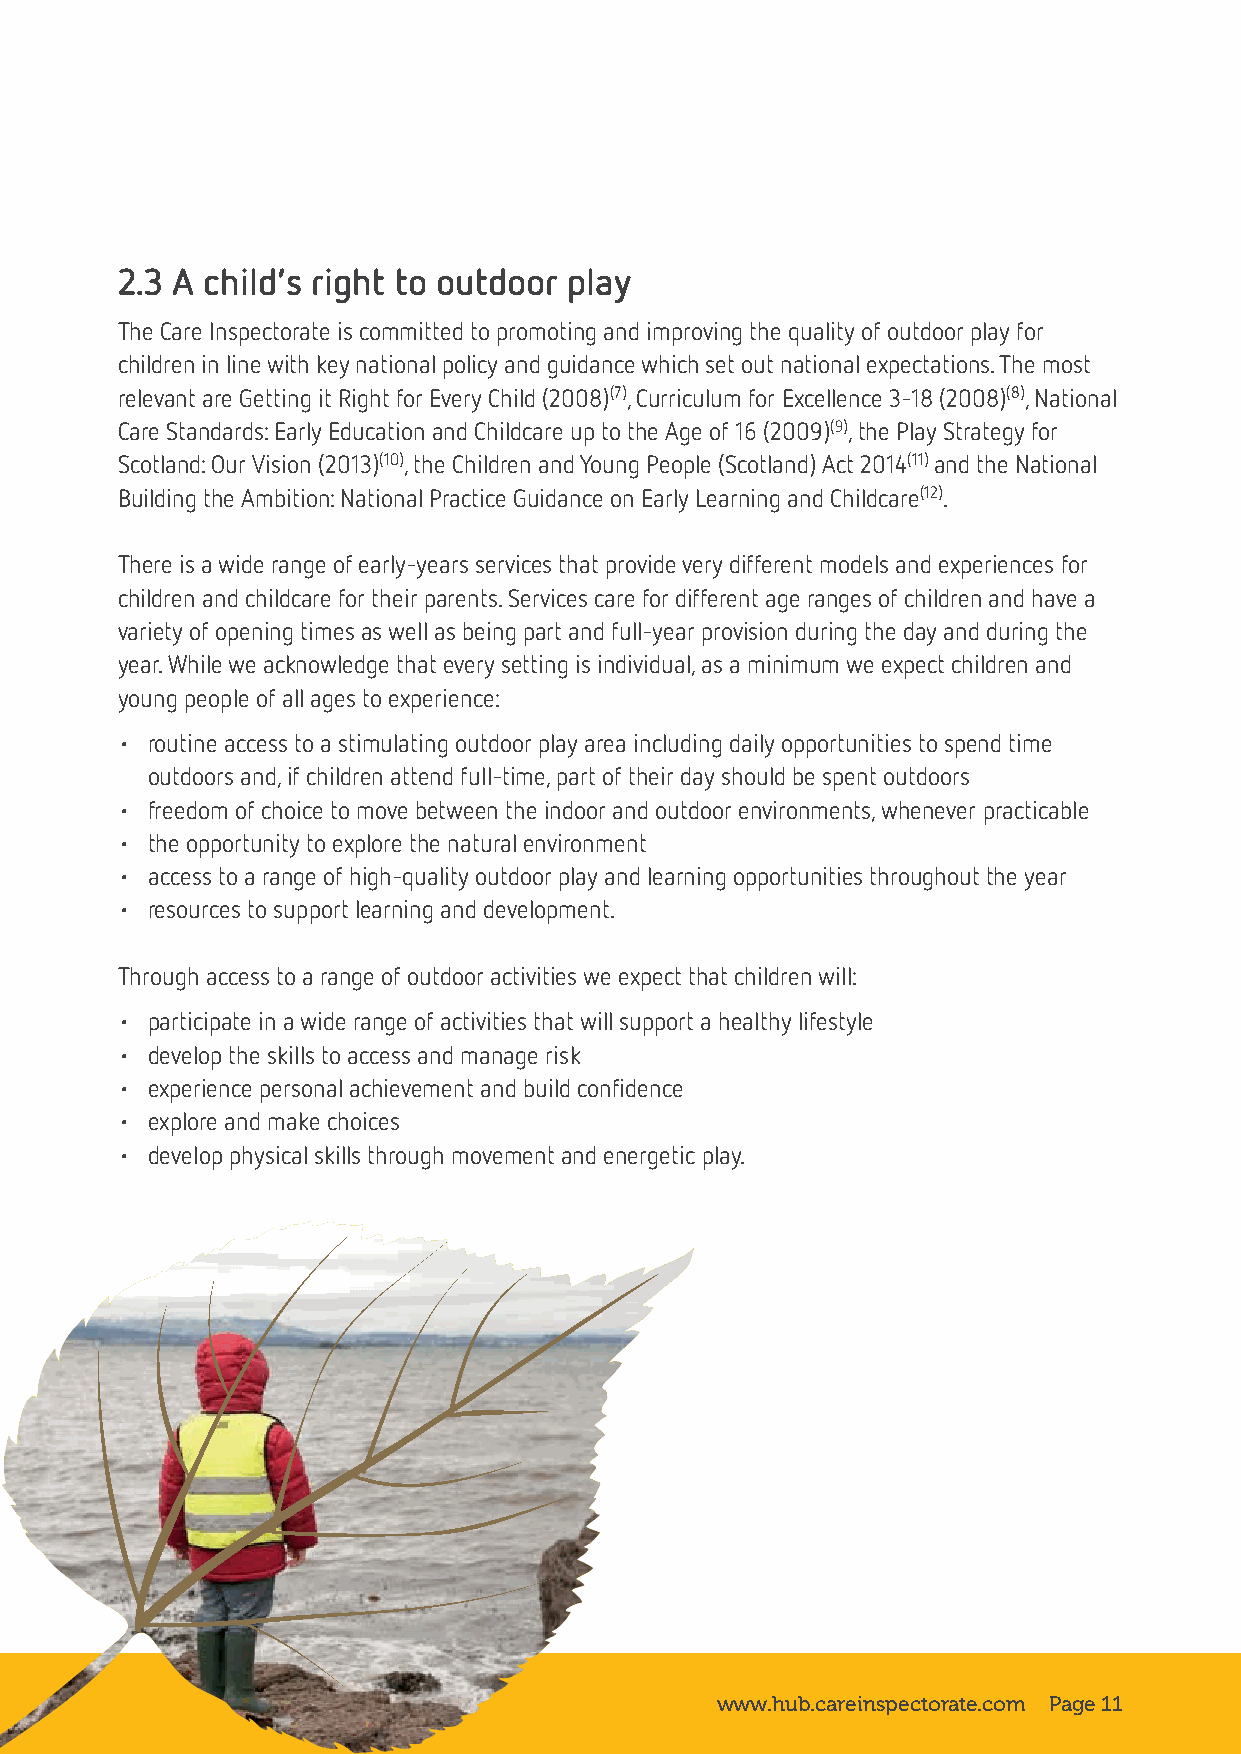
2.3 A child’s right to outdoor play
 The Care Inspectorate is committed to promoting and improving the quality of outdoor play for
 children in line with key national policy and guidance which set out national expectations. The most
 relevant are Getting it Right for Every Child (2008)(7), Curriculum for Excellence 3-18 (2008)(8), National
 Care Standards: Early Education and Childcare up to the Age of 16 (2009)(9), the Play Strategy for
 Scotland: Our Vision (2013)(10), the Children and Young People (Scotland) Act 2014(11) and the National
 Building the Ambition: National Practice Guidance on Early Learning and Childcare(12).
 There is a wide range of early-years services that provide very different models and experiences for
 children and childcare for their parents. Services care for different age ranges of children and have a
 variety of opening times as well as being part and full-year provision during the day and during the
 year. While we acknowledge that every setting is individual, as a minimum we expect children and
 young people of all ages to experience:
 • routine access to a stimulating outdoor play area including daily opportunities to spend time
 outdoors and, if children attend full-time, part of their day should be spent outdoors
 • freedom of choice to move between the indoor and outdoor environments, whenever practicable
 • the opportunity to explore the natural environment
 • access to a range of high-quality outdoor play and learning opportunities throughout the year
 • resources to support learning and development.
 Through access to a range of outdoor activities we expect that children will:
 • participate in a wide range of activities that will support a healthy lifestyle
 • develop the skills to access and manage risk
 • experience personal achievement and build confidence
 • explore and make choices
 • develop physical skills through movement and energetic play.
 www.hub.careinspectorate.com Page 11